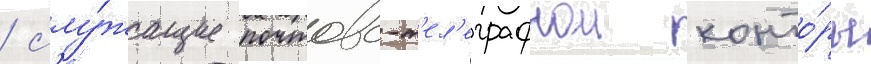
/ слу́жащие почтово-т'ел'еграфнои конто́ры